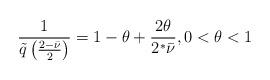
LaTeX: \begin{align*}\frac{1}{\tilde{q}\left(\frac{2-\bar{\nu}}{2}\right)}=1-\theta+\frac{2\theta}{2^*\bar{\nu}}, 0<\theta<1\end{align*}